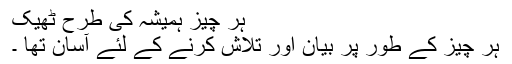
ہر چیز ہمیشہ کی طرح ٹھیک
ہر چیز کے طور پر بیان اور تلاش کرنے کے لئے آسان تھا ۔